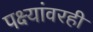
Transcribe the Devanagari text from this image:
पक्ष्यांवरही